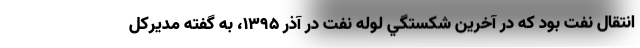
انتقال نفت بود كه در آخرين شكستگي لوله نفت در آذر 1395، به گفته مديركل